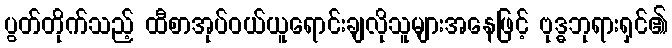
ပွတ်တိုက်သည့် ထီစာအုပ်ဝယ်ယူရောင်းချလိုသူများအနေဖြင့် ဗုဒ္ဓဘုရားရှင်၏